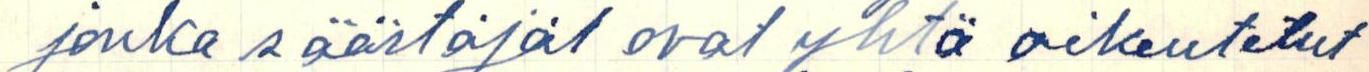
jonka säästäjät ovat yhtä oikeutetut